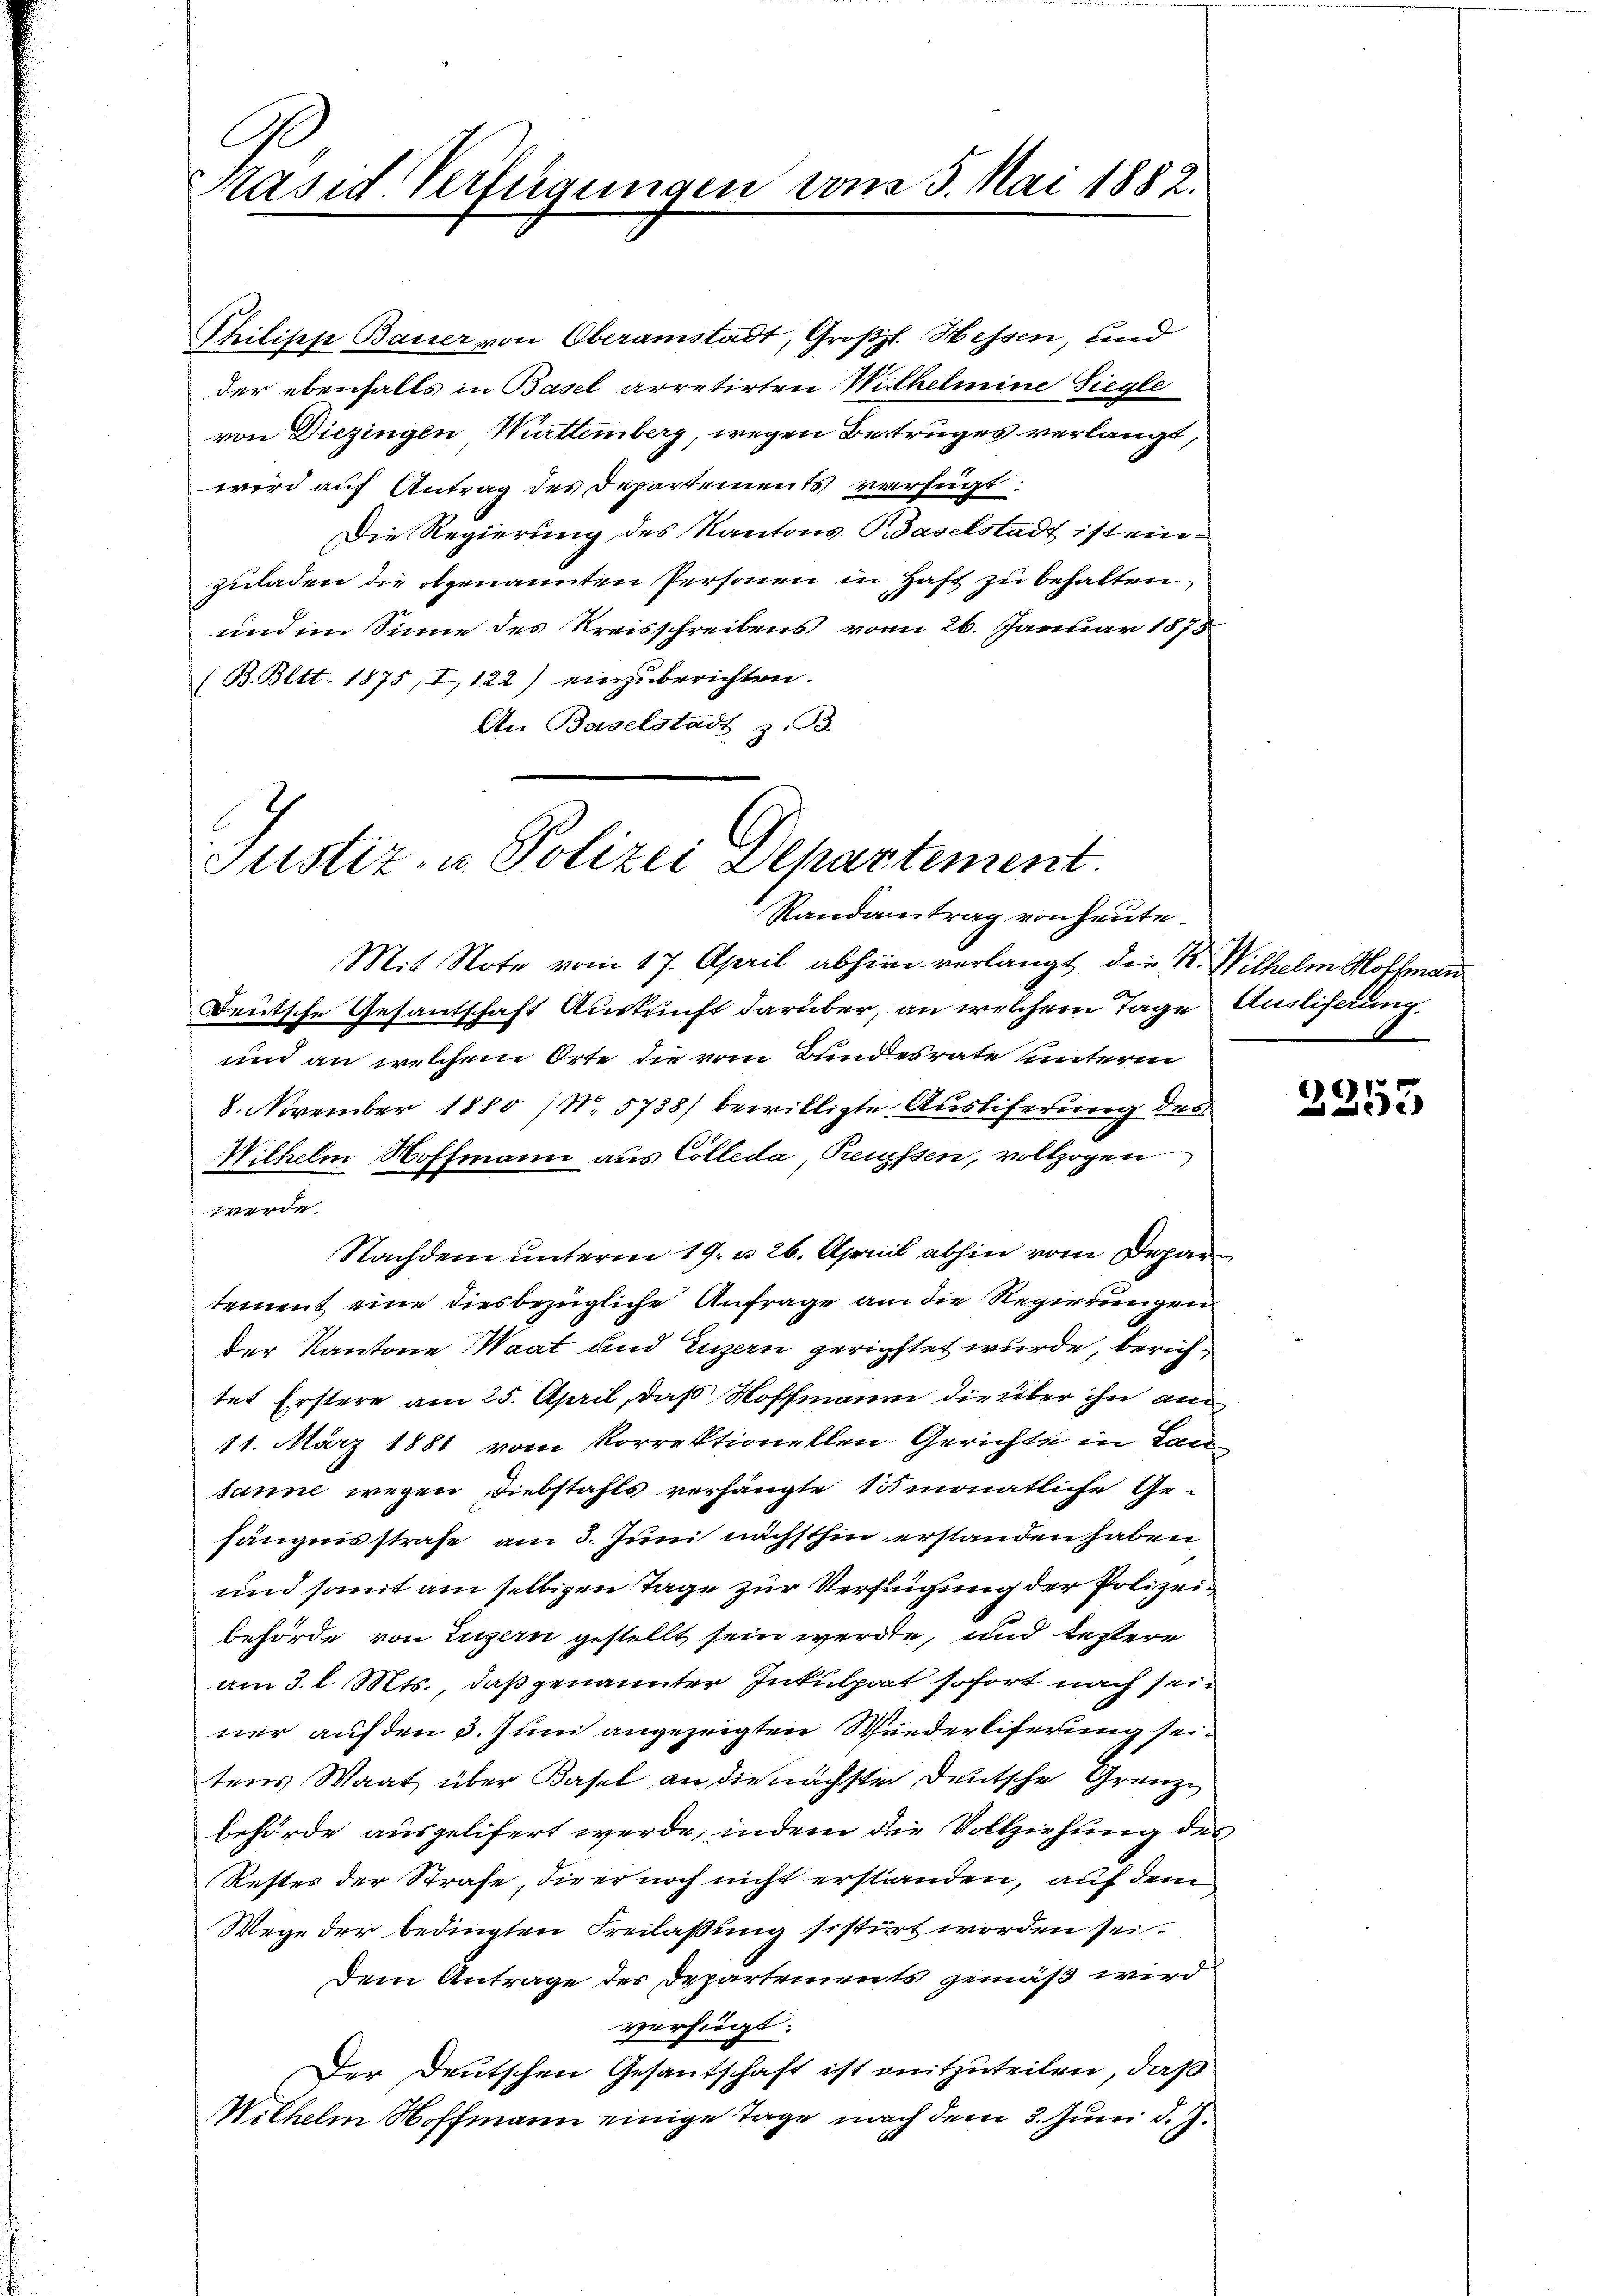
Präsid. Verfügungen vom 5. Mai 1882.

Philipp Bauer von Oberamstadt, Großzl. Hessen, und
der ebenfalls in Basel arretirten Withelmine Siegle
von Diezingen Württemberg, wegen Betruges verlangt,
wird auf Antrag des Departements verfügt:
Die Regierung des Kantons Baselstadt ist einzuladen die obgenannten Personen in Haft zu behalten
und im Sinne des Kreisschreibens vom 26. Januar 1875
(B. Bett. 1875 I, 122) einzuberichten.
An Baselstadt z. B.

Justiz- u. Polizei Departement.
Randantrag von heute.

Mit Note vom 17. April abhin verlangt, die K. Wilhelm Hoffmann
Deutsche Gesantschaft Auskunft darüber, an welchem Tage Auslichtung
und an welchem Orte die vom Bundesrate unterm
8. November 1880 / No. 5738) bewilligte Ausliferung des
Wilhelm Hoffmann aus Colleda, Preissen, vollzogen
Werde
Nachdem unterm 19. u. 26. April abhin vom Departement eine diesbezügliche Anfrage an die Regierungen
der Kantone Waat und Luzern gerichtet wurde, berichtet Erstere am 25. April, daß Hoffmann die über ihn an
11. März 1881 vom Korrektionellen Gerichte in Lan
sanne wegen Diebstahls verhängte Simonatliche Ge-
hängnisstrafe am 3. Juni nächsthin erstanden haben
und somit am selbigen Tage zur Verfügung der Polizeibehörde von Luzern gestellt sein werden, und testere
am 3. l. Mts., daß genannter Inkulpat sofort nach seiner auf den 3. Juni angezeigten Wiederliferung sein
tens Waat über Basel an die nächsten Deutsche Grenze
behörde ausgelifert werde, indem die Vollziehung des
Restes der Strafe, die er noch nicht erstanden, auf dem
Wege der bedingten Freilassung sistirt worden sei.
Dem Antrage des Departements gemäß wird
verfügt:
Der Deutschen Gesantschaft ist mitzuteilen, daß
Wilhelm Hoffmann einige Tage nach dem 3. Juni d. J.

6
 mit de